Report of the Indian Hemp Drugs Commission, 1894-1895 - Volume VII
Year: 1894
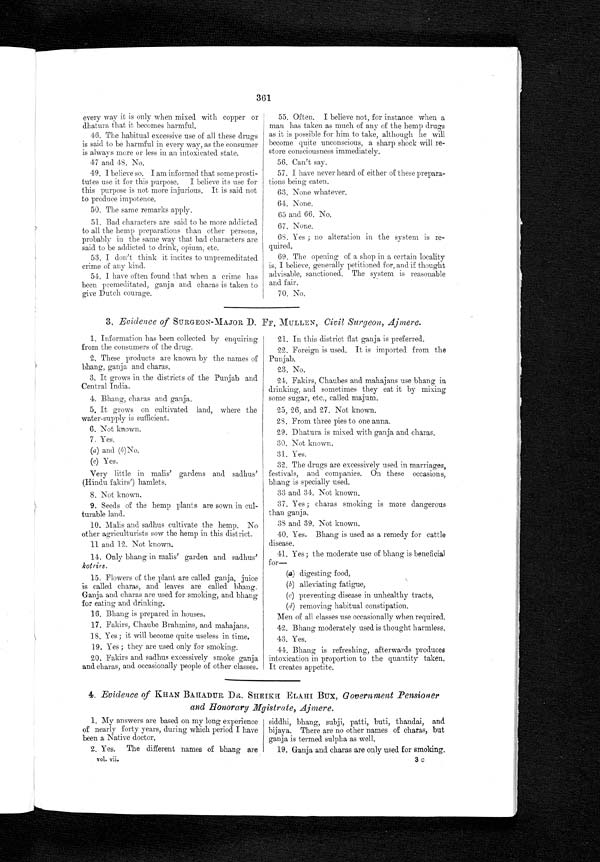
361
every way it is only when mixed with copper or
dhatura that it becomes harmful.
46. The habitual excessive use of all these drugs
is said to be harmful in every way, as the consumer
is always more or less in an intoxicated state.
47 and 48. No.
49. I believe so. I am informed that some prosti-
tutes use it for this purpose. I believe its use for
this purpose is not more injurious. It is said not
to produce impotence
.
50. The same remarks apply.
51. Bad characters are said to be more addicted
to all the hemp preparations than other persons,
probably in the same way that bad characters are
said to be addicted to drink, opium, etc.
5 3 . I d o n ' t t h i n k i t i n c i t e s t o u n p r e me d i t a t e d
crime of any kind.
54. I have often found that when a crime has
been premeditated, ganj a and charas is taken to
give Dutch courage.
55. Often. I believe not, for instance when a
man has taken as much of any of the hemp drugs
as it is possible for him to take, although he will
become quite unconscious, a sharp shock will re-
store consciousness immediately.
56. Can't say.
57. I have never heard of either of these prepara-
tions being eaten.
63. None whatever.
64. None.
65 and 66. No.
67. None.
68. Yes ; no alteration in the system is re-
quired.
69. The opening of a shop in a certain locality
is, I believe, generally petitioned for, and if thought
advisable, sanctioned. The system is reasonable
and. fair.
70. No.
3, Evidence of SURGEON-MAJOR D. FF. MULLEN, Civil Surgeon, Ajmere.
1. Information has been collected by enquiring
from the consumers of the drug.
2. These products are known by the names of
bhang, ganja and charas.
3. It grows in the districts of the Punjab and
Central India.
4. Bhang, charas and ganja.
5. It grows on cultivated land, where the
water-supply is sufficient.
6. Not known.
7 Yes.
(a) and (b). No.
(c) Yes.
Very little in malis' gardens and sadhus’
(Hindu fakirs') hamlets.
8. Not known.
9. Seeds of the hemp plants are sown in cul-
turable land.
10. Malis and sadhus cultivate the hemp. No
other agriculturists sow the hemp in this district.
11 and 12. Not known.
14. Only bhang in malis’ garden and sadhus'
kotries.
15. Flowers of the plant are called ganja, juice
is called charas, and leaves are called bhang.
Ganja and charas are used for smoking, and bhang
for eating and drinking.
16. Bhang is prepared in houses.
17. Fakirs, Chaube Brahmins, and mahajans.
I S. Yes ; it will become quite useless in time.
19. Yes ; they are used only for smoking.
20. Fakirs and sadhus excessively smoke ganja
and charas, and occasionally people of other classes.
21.
21. In this district flat ganja is preferred.
22. Foreign is used. It is imported from the
Punjab.
23. No.
24. Fakirs, Chaubes and mahajans use bhang in
drinking, and sometimes they eat it by mixing
some sugar, etc., called majum.
25, 26, and 27. Not known.
28. From three pies to one anna.
29. Dhatura is mixed with ganja and charas.
30. Not known.
31. Yes.
32. The drugs are excessively used in marriages,
festivals, and companies. On these occasions,
bhang is specially used.
33 and 34. Not known.
37. Yes ; charas smoking is more dangerous
than ganja.
38 and 39. Not known.
40. Yes. Bhang is used as a remedy for cattle
disease.
41. Yes ; the moderate use of bhang is beneficial
for—
(a) digesting food,
(b) alleviating fatigue,
(c) preventing disease in unhealthy tracts,
(d) removing habitual constipation.
Men of all classes use occasionally when required.
42. Bhang moderately used is thought harmless,
43. Yes.
44. Bhang is refreshing, afterwards produces
intoxication in proportion to the quantity taken.
It creates appetite.
4. Evidence of KHAN BAHADUR DR SHEIKH ELAHI BUX, Government Pensioner
and Honorary Mgistrate, Ajmere.
1. My answers are based on my long experience
of nearly forty years, during which period I have
been a Native doctor.
2. Yes. The different names of bhang are
vol. vii.
siddhi, bhang, subji, patti, buti, thandai, and
bijaya. There are no other names of charas, but
ganja is termed sulpha as well.
19. Ganja and charas are only used for smoking.
3 c